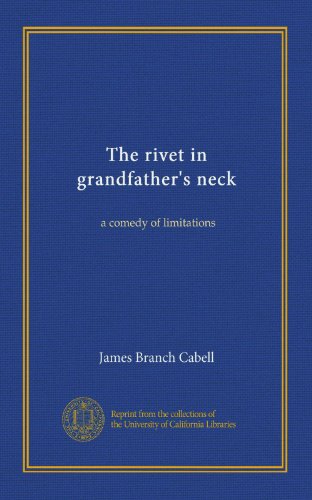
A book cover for The rivet in grandfather's neck: a comedy of limitations; James Branch Cabell; Crafts, Hobbies & Home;